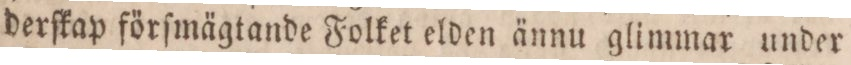
derſkap förſmägtande Folket elden ännu glimmar under